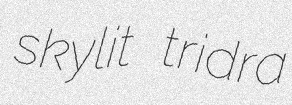
skylit tridra